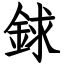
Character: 銶